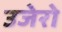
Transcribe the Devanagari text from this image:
उजेरो